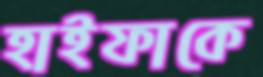
হাইফাকে